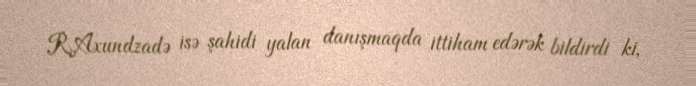
R.Axundzadə isə şahidi yalan danışmaqda ittiham edərək bildirdi ki,